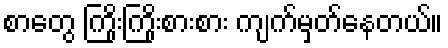
စာတွေ ကြိုးကြိုးစားစား ကျက်မှတ်နေတယ်။